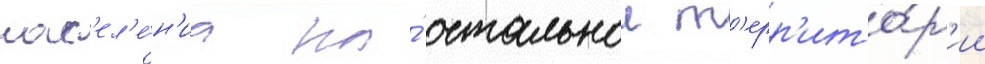
нас'ел'е́н'иа на́ остальнои т'ерр'ито́р'ии